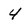
Character: 4